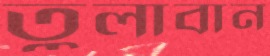
তুলাবান